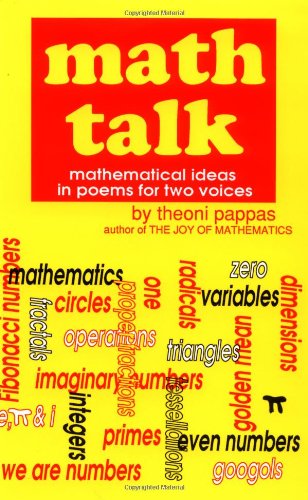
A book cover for Math Talk: Mathematical Ideas in Poems for Two Voices; Theoni Pappas; Science & Math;